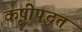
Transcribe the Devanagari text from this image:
कृषीपद्धत